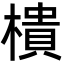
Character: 樻